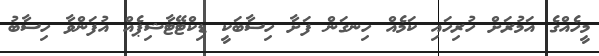
މީހެއްގެ އަމުރަށް ހުރިހައި ކަމެއް ހިނގަން ފަށާ ހިސާބަކީ ޑިކްޓޭޓާޝިޕެއް އުފަންވާ ހިސާބު